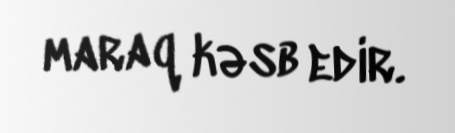
maraq kəsb edir.